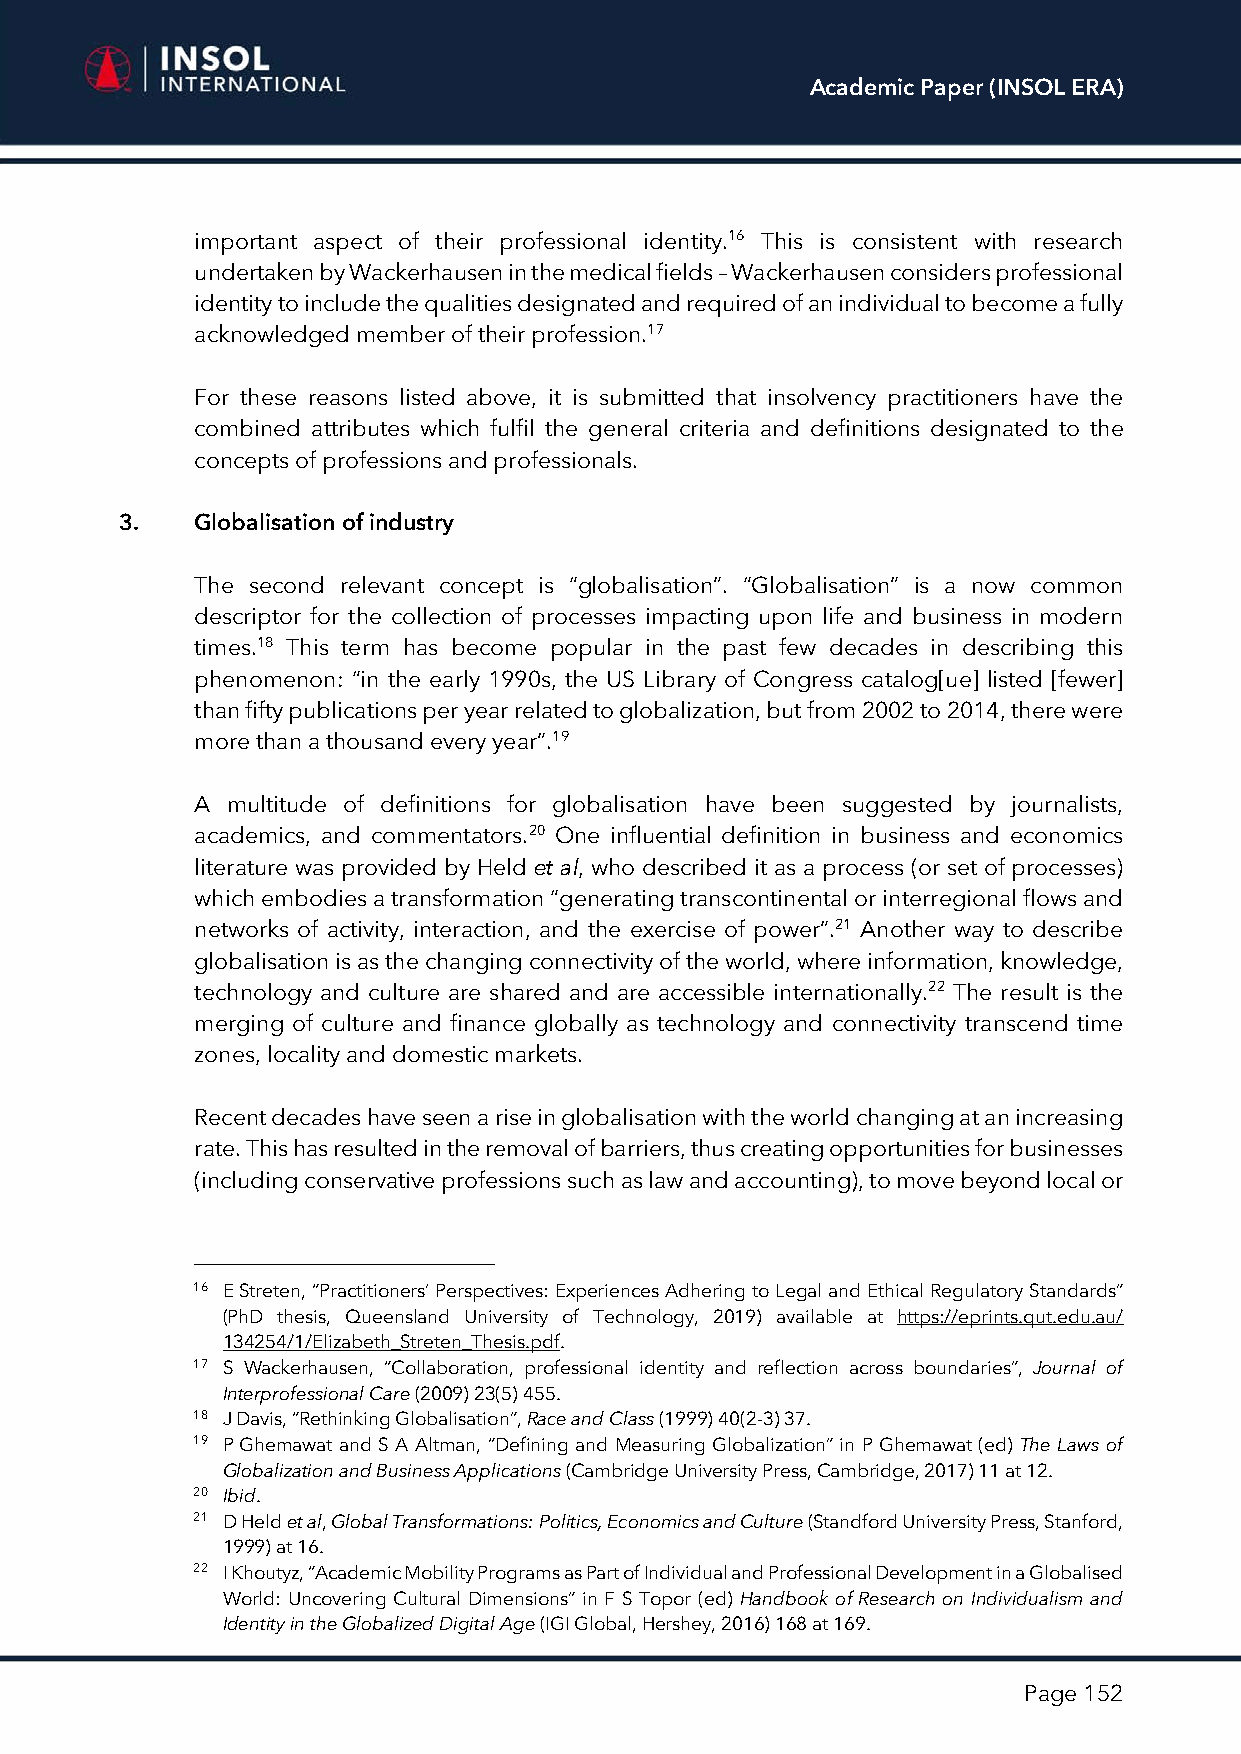
Academic Paper (INSOL ERA)
 important aspect of their professional identity.16 This is consistent with research
 undertaken by Wackerhausen in the medical fields – Wackerhausen considers professional
 identity to include the qualities designated and required of an individual to become a fully
 acknowledged member of their profession.17
 For these reasons listed above, it is submitted that insolvency practitioners have the
 combined attributes which fulfil the general criteria and definitions designated to the
 concepts of professions and professionals.
 3.   Globalisation of industry
 The second relevant concept is “globalisation”. “Globalisation” is a now common
 descriptor for the collection of processes impacting upon life and business in modern
 times.18 This term has become popular in the past few decades in describing this
 phenomenon: “in the early 1990s, the US Library of Congress catalog[ue] listed [fewer]
 than fifty publications per year related to globalization, but from 2002 to 2014, there were
 more than a thousand every year”.19
 A multitude of definitions for globalisation have been suggested by journalists,
 academics, and commentators.20 One influential definition in business and economics
 literature was provided by Held et al, who described it as a process (or set of processes)
 which embodies a transformation “generating transcontinental or interregional flows and
 networks of activity, interaction, and the exercise of power”.21 Another way to describe
 globalisation is as the changing connectivity of the world, where information, knowledge,
 technology and culture are shared and are accessible internationally.22 The result is the
 merging of culture and finance globally as technology and connectivity transcend time
 zones, locality and domestic markets.
 Recent decades have seen a rise in globalisation with the world changing at an increasing
 rate. This has resulted in the removal of barriers, thus creating opportunities for businesses
 (including conservative professions such as law and accounting), to move beyond local or
 16 E Streten, “Practitioners’ Perspectives: Experiences Adhering to Legal and Ethical Regulatory Standards”
 (PhD thesis, Queensland University of Technology, 2019) available at https://eprints.qut.edu.au/
 134254/1/Elizabeth_Streten_Thesis.pdf.
 17 S Wackerhausen, “Collaboration, professional identity and reflection across boundaries”, Journal of
 Interprofessional Care (2009) 23(5) 455.
 18 J Davis, “Rethinking Globalisation”, Race and Class (1999) 40(2-3) 37.
 19 P Ghemawat and S A Altman, “Defining and Measuring Globalization” in P Ghemawat (ed) The Laws of
 Globalization and Business Applications (Cambridge University Press, Cambridge, 2017) 11 at 12.
 20 Ibid.
 21 D Held et al, Global Transformations: Politics, Economics and Culture (Standford University Press, Stanford,
 1999) at 16.
 22 I Khoutyz, “Academic Mobility Programs as Part of Individual and Professional Development in a Globalised
 World: Uncovering Cultural Dimensions” in F S Topor (ed) Handbook of Research on Individualism and
 Identity in the Globalized Digital Age (IGI Global, Hershey, 2016) 168 at 169.
 Page 152